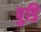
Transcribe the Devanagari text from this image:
पुडि